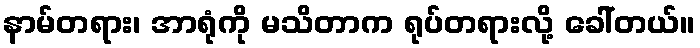
နာမ်တရား၊ အာရုံကို မသိတာက ရုပ်တရားလို့ ခေါ်တယ်။